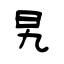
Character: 旯